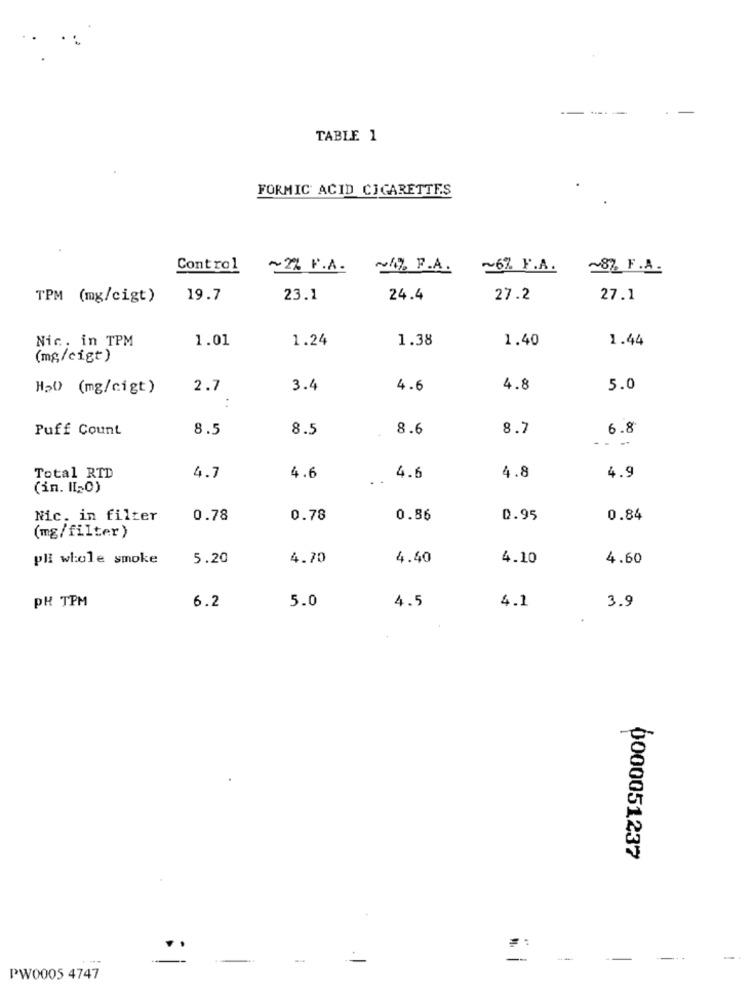
--
TABLE 1
FORMIC ACID CIGARETTES
Control
~2% F.A.
~1. F.A.
~6% F.A.
~8% F.A.
TPM (mg/cigt)
19.7
23.1
24.4
27.2
27.1
Nic. in TPM
1.01
1.24
1.38
1.40
1.44
(mg/cigt)
H50 (mg/cigt)
2.7
3.4
4.6
4.8
5.0
Puff Count
8.5
8.5
8.6
8.7
6.8
Total RTD
4.7
4.6
4.6
4.8
4.9
(in. I1-0)
Nic. in filter
0.78
0.78
0.86
0.95
0.84
(mg/filter)
pli whole smoke
5.20
4.70
4.40
4.10
4.60
PH TPM
6.2
4.5
5.0
4.1
3.9
0000051237
--
PW0005 4747